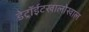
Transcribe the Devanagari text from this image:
डेट्रॉईटखालोखाल